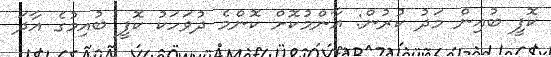
ކޮފީ ބުއިން މަދު ކުރުން: އާންމުކޮށް ކޮންމެ ދުވަހަކު ކޮފީ ބުއިމުގެ އާދަ